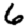
Digit: 6